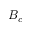
B _ { c }